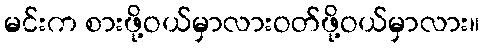
မင်းက စားဖို့ဝယ်မှာလားဝတ်ဖို့ဝယ်မှာလား။